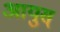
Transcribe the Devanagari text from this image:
आयुस्‌